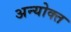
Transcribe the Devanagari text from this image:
अन्योक्त